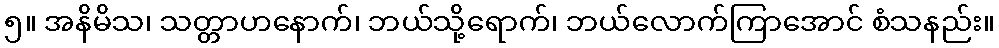
၅။ အနိမိသ၊ သတ္တာဟနောက်၊ ဘယ်သို့ရောက်၊ ဘယ်လောက်ကြာအောင် စံသနည်း။